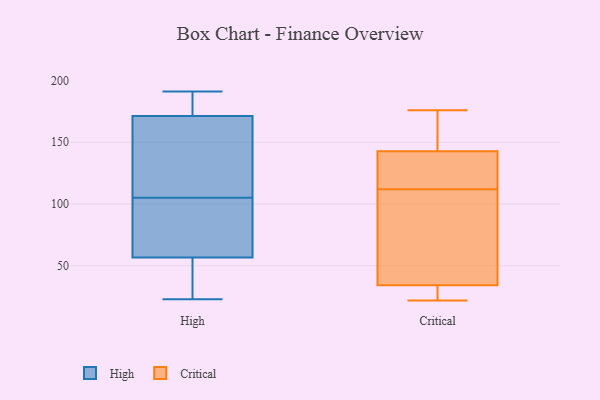
{"axis": {"x": "Production Output", "y": "Value"}, "legend": ["Critical", "High"], "data": [{"x": "", "y": 47, "type": "High"}, {"x": "", "y": 119, "type": "High"}, {"x": "", "y": 101, "type": "High"}, {"x": "", "y": 170, "type": "High"}, {"x": "", "y": 33, "type": "High"}, {"x": "", "y": 180, "type": "High"}, {"x": "", "y": 60, "type": "High"}, {"x": "", "y": 81, "type": "High"}, {"x": "", "y": 175, "type": "High"}, {"x": "", "y": 23, "type": "High"}, {"x": "", "y": 119, "type": "High"}, {"x": "", "y": 191, "type": "High"}, {"x": "", "y": 105, "type": "High"}, {"x": "", "y": 142, "type": "Critical"}, {"x": "", "y": 123, "type": "Critical"}, {"x": "", "y": 27, "type": "Critical"}, {"x": "", "y": 24, "type": "Critical"}, {"x": "", "y": 92, "type": "Critical"}, {"x": "", "y": 35, "type": "Critical"}, {"x": "", "y": 174, "type": "Critical"}, {"x": "", "y": 140, "type": "Critical"}, {"x": "", "y": 145, "type": "Critical"}, {"x": "", "y": 112, "type": "Critical"}, {"x": "", "y": 45, "type": "Critical"}, {"x": "", "y": 22, "type": "Critical"}, {"x": "", "y": 129, "type": "Critical"}, {"x": "", "y": 168, "type": "Critical"}, {"x": "", "y": 51, "type": "Critical"}, {"x": "", "y": 32, "type": "Critical"}, {"x": "", "y": 176, "type": "Critical"}]}